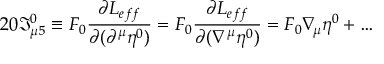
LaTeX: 2 0 \Im _ { \mu 5 } ^ { 0 } \equiv F _ { 0 } \frac { \partial { \cal L } _ { e f f } } { \partial ( \partial ^ { \mu } \eta ^ { 0 } ) } = F _ { 0 } \frac { \partial { \cal L } _ { e f f } } { \partial ( \nabla ^ { \mu } \eta ^ { 0 } ) } = F _ { 0 } \nabla _ { \! \mu } \eta ^ { 0 } + \dots